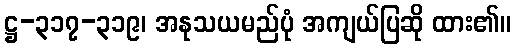
ဋ္ဌ-၃၁၇-၃၁၉၊ အနုသယမည်ပုံ အကျယ်ပြဆို ထား၏။